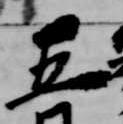
五